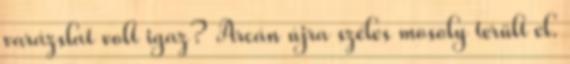
varázslat volt igaz? Arcán újra széles mosoly terült el.